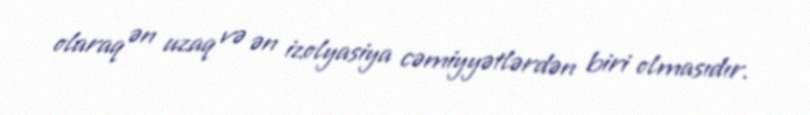
olaraq ən uzaq və ən izolyasiya cəmiyyətlərdən biri olmasıdır.